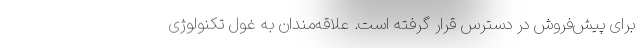
برای پیش‌فروش در دسترس قرار گرفته است. علاقه‌مندان به غول تکنولوژی